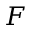
F